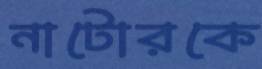
নাটোরকে